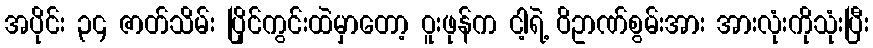
အပိုင်း ၃၄ ဇာတ်သိမ်း ပြိုင်ကွင်းထဲမှာတော့ ဝူးဖုန်က ငါ့ရဲ့ ဝိဥာဏ်စွမ်းအား အားလုံးကိုသုံးပြီး